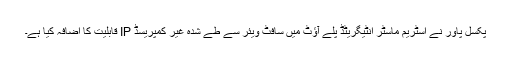
پکسل پاور نے اسٹریم ماسٹر انٹیگریٹڈ پلے آؤٹ میں سافٹ ویئر سے طے شدہ غیر کمپریسڈ IP قابلیت کا اضافہ کیا ہے۔